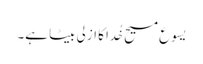
یسوع مسیح خُدا کا ازلی بیٹا ہے۔